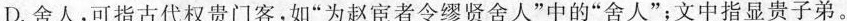
D.舍人，可指古代权贵门客，如”为赵宦者令缪贤舍人”中的”舍人”；文中指显贵子弟。